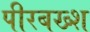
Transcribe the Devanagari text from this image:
पीरबख्श